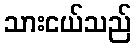
သားငယ်သည်